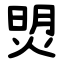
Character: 焽